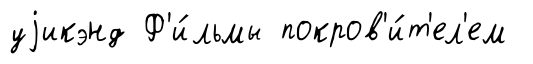
уjикэнд Ф'и́льмы покров'и́т'ел'ем